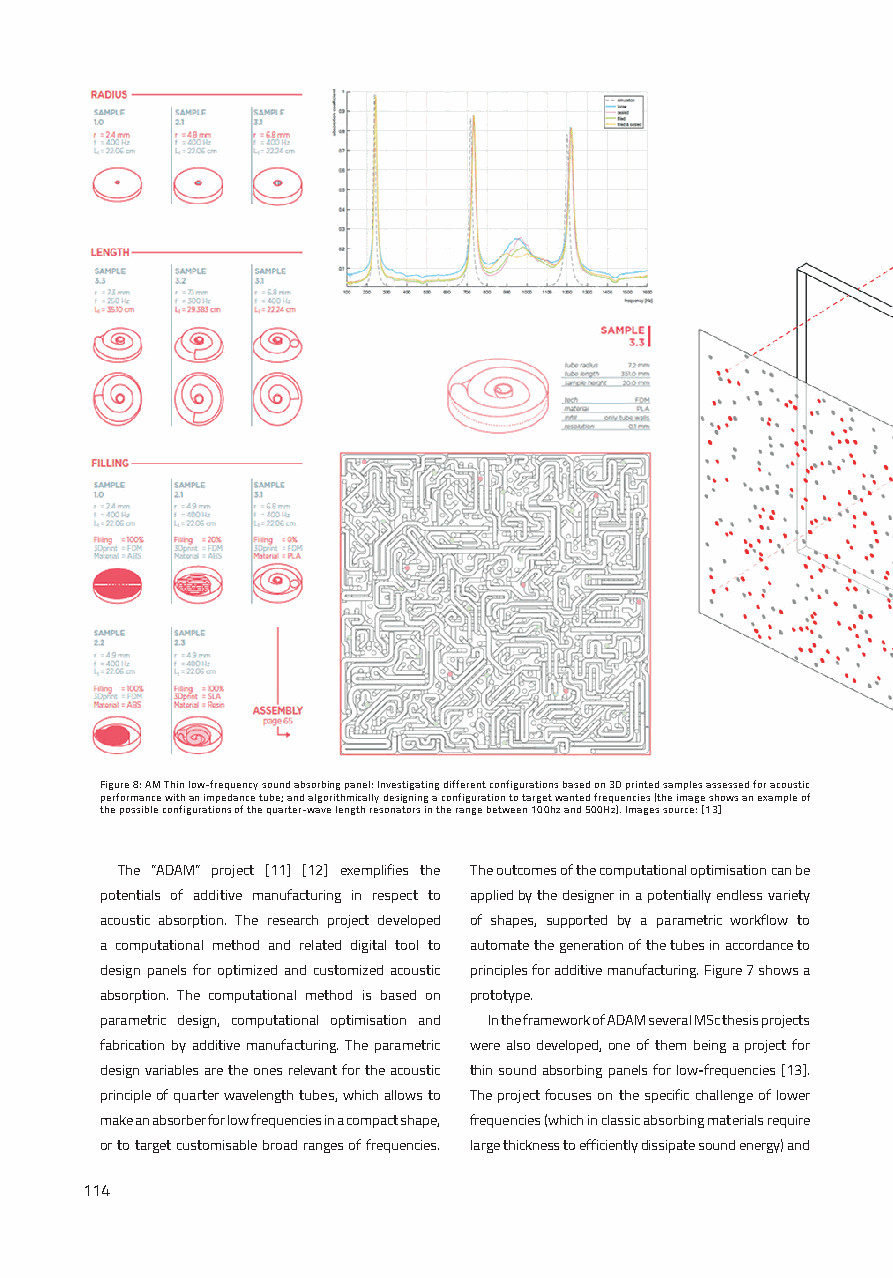
Figure 8: AM Thin low-frequency sound absorbing panel: Investigating different configurations based on 3D printed samples assessed for acoustic
 performance with an impedance tube; and algorithmically designing a configuration to target wanted frequencies (the image shows an example of
 the possible configurations of the quarter-wave length resonators in the range between 100hz and 500Hz). Images source: [13]
 The “ADAM” project [11] [12] exemplifies the The outcomes of the computational optimisation can be
 potentials of additive manufacturing in respect to applied by the designer in a potentially endless variety
 acoustic absorption. The research project developed of shapes, supported by a parametric workflow to
 a computational method and related digital tool to automate the generation of the tubes in accordance to
 design panels for optimized and customized acoustic principles for additive manufacturing. Figure 7 shows a
 absorption. The computational method is based on prototype.
 parametric design, computational optimisation and In the framework of ADAM several MSc thesis projects
 fabrication by additive manufacturing. The parametric were also developed, one of them being a project for
 design variables are the ones relevant for the acoustic thin sound absorbing panels for low-frequencies [13].
 principle of quarter wavelength tubes, which allows to The project focuses on the specific challenge of lower
 make an absorber for low frequencies in a compact shape, frequencies (which in classic absorbing materials require
 or to target customisable broad ranges of frequencies. large thickness to efficiently dissipate sound energy) and
 114